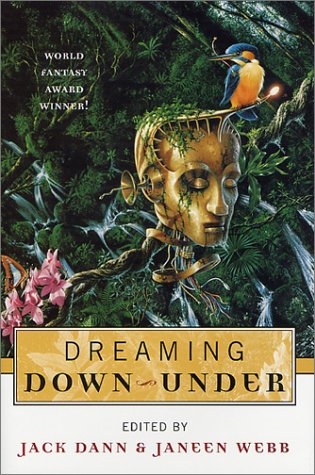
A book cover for Dreaming Down-Under; Science Fiction & Fantasy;